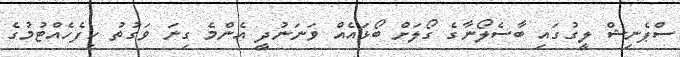
ސްޕެނިޝް ލީގުގައި ބާސެލޯނާގެ ގޯލަށް ބޯޅައެއް ވަނަނުދީ އެންމެ ގިނަ ވަގުތު ހިފެހެއްޓުމުގެ